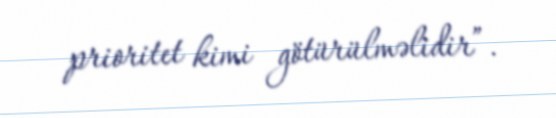
prioritet kimi götürülməlidir”.